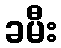
ခမီး